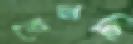
বেলছি